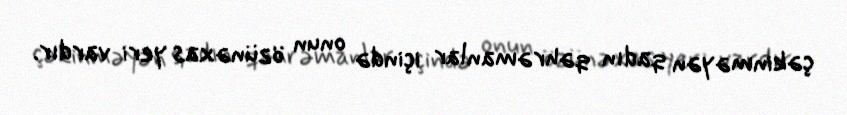
çəkinməyən qadın qəhrəmanlar içində onun özünəxas yeri vardır.